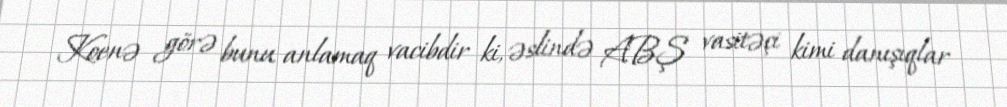
Koenə görə bunu anlamaq vacibdir ki, əslində ABŞ vasitəçi kimi danışıqlar